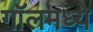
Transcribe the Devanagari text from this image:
गॉलमध्ये